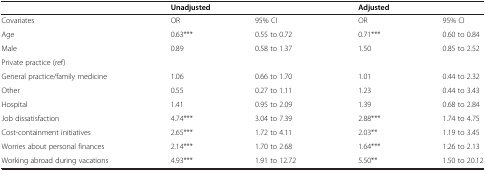
<table><thead><tr><td><b> </b></td><td colspan="2"><b>Unadjusted</b></td><td colspan="2"><b>Adjusted</b></td></tr></thead><tbody><tr><td>Covariates</td><td>OR</td><td>95% CI</td><td>OR</td><td>95% CI</td></tr><tr><td>Age</td><td>0.63***</td><td>0.55 to 0.72</td><td>0.71***</td><td>0.60 to 0.84</td></tr><tr><td>Male</td><td>0.89</td><td>0.58 to 1.37</td><td>1.50</td><td>0.85 to 2.52</td></tr><tr><td>Private practice (ref)</td><td> </td><td> </td><td> </td><td> </td></tr><tr><td>General practice/family medicine</td><td>1.06</td><td>0.66 to 1.70</td><td>1.01</td><td>0.44 to 2.32</td></tr><tr><td>Other</td><td>0.55</td><td>0.27 to 1.11</td><td>1.23</td><td>0.44 to 3.43</td></tr><tr><td>Hospital</td><td>1.41</td><td>0.95 to 2.09</td><td>1.39</td><td>0.68 to 2.84</td></tr><tr><td>Job dissatisfaction</td><td>4.74***</td><td>3.04 to 7.39</td><td>2.88***</td><td>1.74 to 4.75</td></tr><tr><td>Cost-containment initiatives</td><td>2.65***</td><td>1.72 to 4.11</td><td>2.03**</td><td>1.19 to 3.45</td></tr><tr><td>Worries about personal finances</td><td>2.14***</td><td>1.70 to 2.68</td><td>1.64***</td><td>1.26 to 2.13</td></tr><tr><td>Working abroad during vacations</td><td>4.93***</td><td>1.91 to 12.72</td><td>5.50**</td><td>1.50 to 20.12</td></tr></tbody></table>